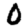
Digit: 0